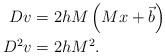
LaTeX: \begin{align*}Dv & =2hM\left( Mx+\vec{b}\right) \\D^{2}v & =2hM^{2}.\end{align*}